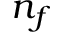
n _ { f }